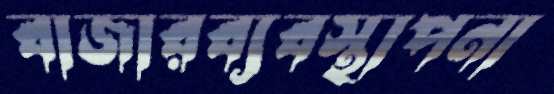
বাজারব্যবস্থাপনা